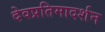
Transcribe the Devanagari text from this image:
देवप्रतिमादर्शन